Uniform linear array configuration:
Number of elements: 48
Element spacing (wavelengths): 0.25
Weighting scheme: hann
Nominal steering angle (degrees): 30
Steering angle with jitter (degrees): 28.257
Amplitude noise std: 0.05
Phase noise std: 0.05

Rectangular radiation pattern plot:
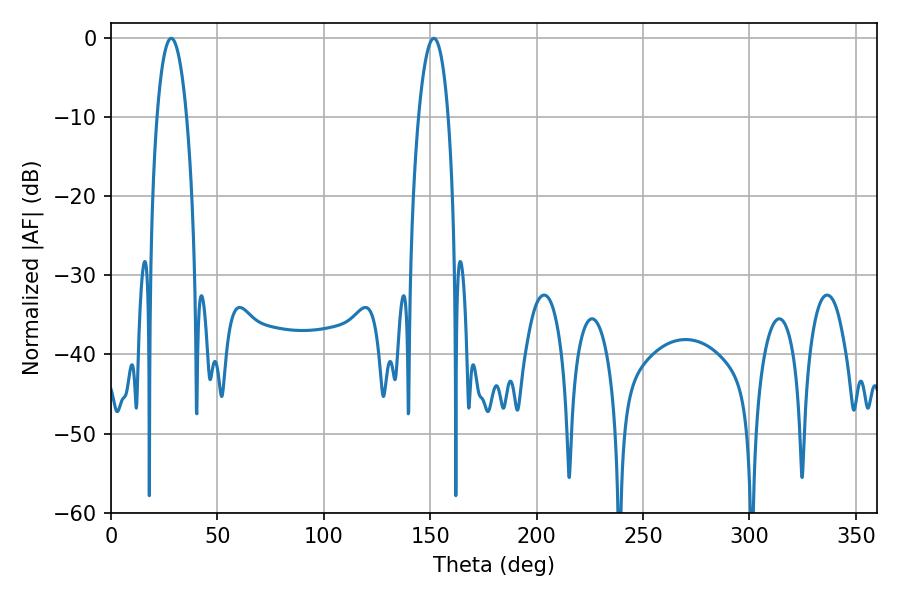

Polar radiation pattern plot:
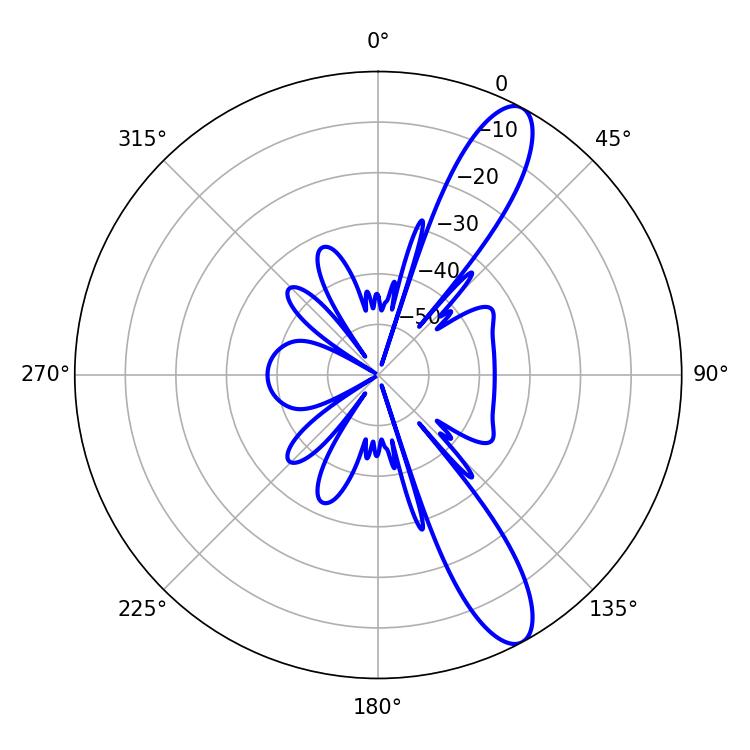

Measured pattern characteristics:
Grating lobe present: FALSE
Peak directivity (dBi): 11.613
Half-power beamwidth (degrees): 7.74
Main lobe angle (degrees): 28.26